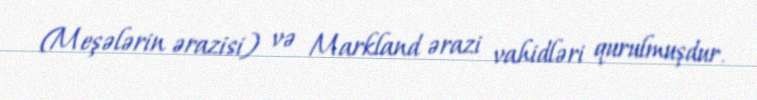
(Meşələrin ərazisi) və Markland ərazi vahidləri qurulmuşdur.